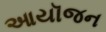
આયૉજન